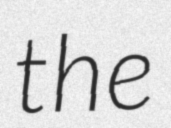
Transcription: the